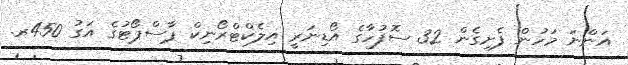
އަންނަ މަހުން ފެށިގެން 32 ސޮފުހާގެ އޯޑިނަރީ އިލެކްޓްރޯނިކް ޕާސްޕޯޓުގެ އަގު 450ރ.